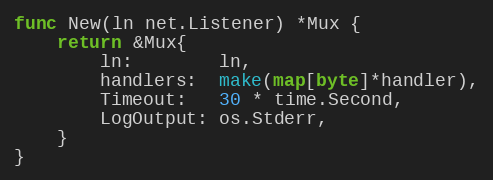
Language: Go
func New(ln net.Listener) *Mux {
	return &Mux{
		ln:        ln,
		handlers:  make(map[byte]*handler),
		Timeout:   30 * time.Second,
		LogOutput: os.Stderr,
	}
}